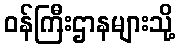
ဝန်ကြီးဌာနများသို့